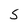
Character: S